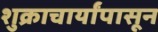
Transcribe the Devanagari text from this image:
शुक्राचार्यांपासून